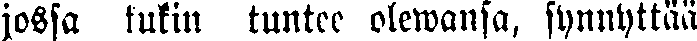
jossa kukin tuntee olewansa, synnyttää